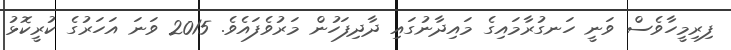
ފިރިމީހާވެސް ވަނީ ހަނގުރާމައިގެ މައިދާނުގައި ދާދިފަހުން މަރުވެފައެވެ. 2015 ވަނަ އަހަރުގެ ކުރީކޮޅު